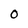
Character: 0